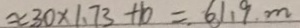
\approx 3 0 \times 1 . 7 3 + 1 0 = 6 1 . 9 m